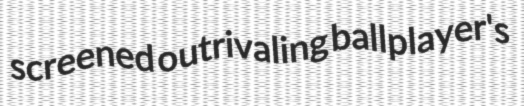
screened outrivaling ballplayer's